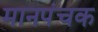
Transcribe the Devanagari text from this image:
मानपंचक